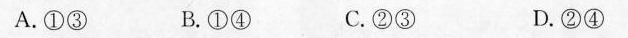
A.①③ B.①④ C.②③ D.②④